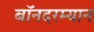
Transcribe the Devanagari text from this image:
बॉनदरम्यान